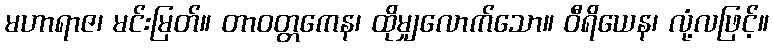
မဟာရာဇ၊ မင်းမြတ်။ တာဝတ္တကေန၊ ထိုမျှလောက်သော။ ဝီရိယေန၊ လုံ့လဖြင့်။